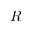
R